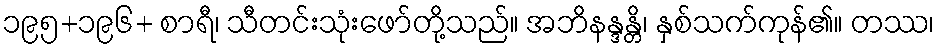
၁၉၅+၁၉၆+ စာရီ၊ သီတင်းသုံးဖော်တို့သည်။ အဘိနန္ဒန္တိ၊ နှစ်သက်ကုန်၏။ တဿ၊